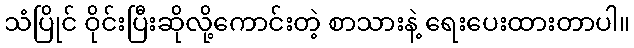
သံပြိုင် ဝိုင်းပြီးဆိုလို့ကောင်းတဲ့ စာသားနဲ့ ရေးပေးထားတာပါ။